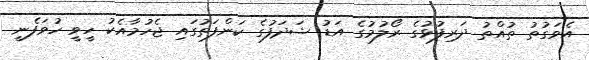
އެވަގުތު ތުއްތު ދަރިފުޅުގެ ރޯލުމުގެ އަޑު ޝަދަފުގެ ކަންފަތުގައި ޖެހުމާއެކު ހީވީ ހުވަފެނީ